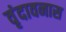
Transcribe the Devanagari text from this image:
वृंदावनास